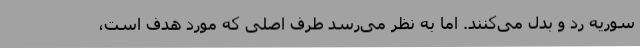
سوریه رد و بدل می‌کنند. اما به نظر می‌رسد طرف اصلی که مورد هدف است،